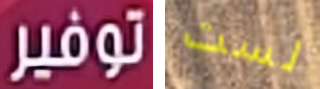
توفير لست